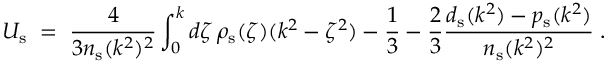
U _ { \mathrm { s } } \; = \; { \frac { 4 } { 3 n _ { \mathrm { s } } ( k ^ { 2 } ) ^ { 2 } } } \int _ { 0 } ^ { k } d \zeta \, \rho _ { \mathrm { s } } ( \zeta ) ( k ^ { 2 } - \zeta ^ { 2 } ) - { \frac { 1 } { 3 } } - { \frac { 2 } { 3 } } { \frac { d _ { \mathrm { s } } ( k ^ { 2 } ) - p _ { \mathrm { s } } ( k ^ { 2 } ) } { n _ { \mathrm { s } } ( k ^ { 2 } ) ^ { 2 } } } \; .